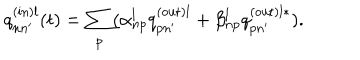
q _ { n n ^ { \prime } } ^ { \mathrm { ( i n ) } l } ( t ) = \sum _ { p } ( \alpha _ { n p } ^ { l } q _ { p n ^ { \prime } } ^ { \mathrm { ( o u t ) } l } + \beta _ { n p } ^ { l } q _ { p n ^ { \prime } } ^ { \mathrm { ( o u t ) } l \ast } ) .